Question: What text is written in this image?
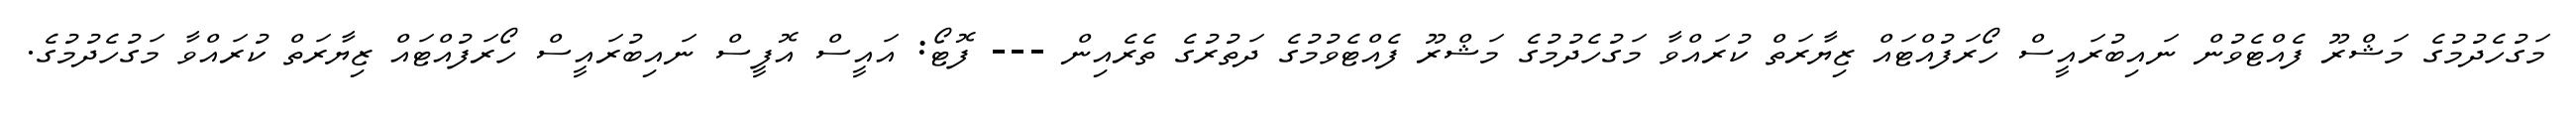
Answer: މަގުހެދުމުގެ މަޝްރޫ ފެއްޓެވުން ނައިބުރައީސް ހޯރަފުއްޓައް ޒިޔާރަތް ކުރައްވާ މަގުހެދުމުގެ މަޝްރޫ ފެއްޓެވުމުގެ ދަތުރުގެ ތެރެއިން --- ފޮޓޯ: އައީސް އޮފީސް ނައިބުރައީސް ހޯރަފުއްޓައް ޒިޔާރަތް ކުރައްވާ މަގުހެދުމުގެ.